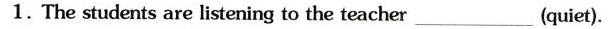
1.The students are listening to the teacher_(quiet).